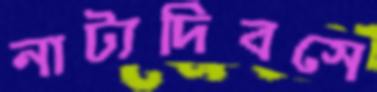
নাট্যদিবসে